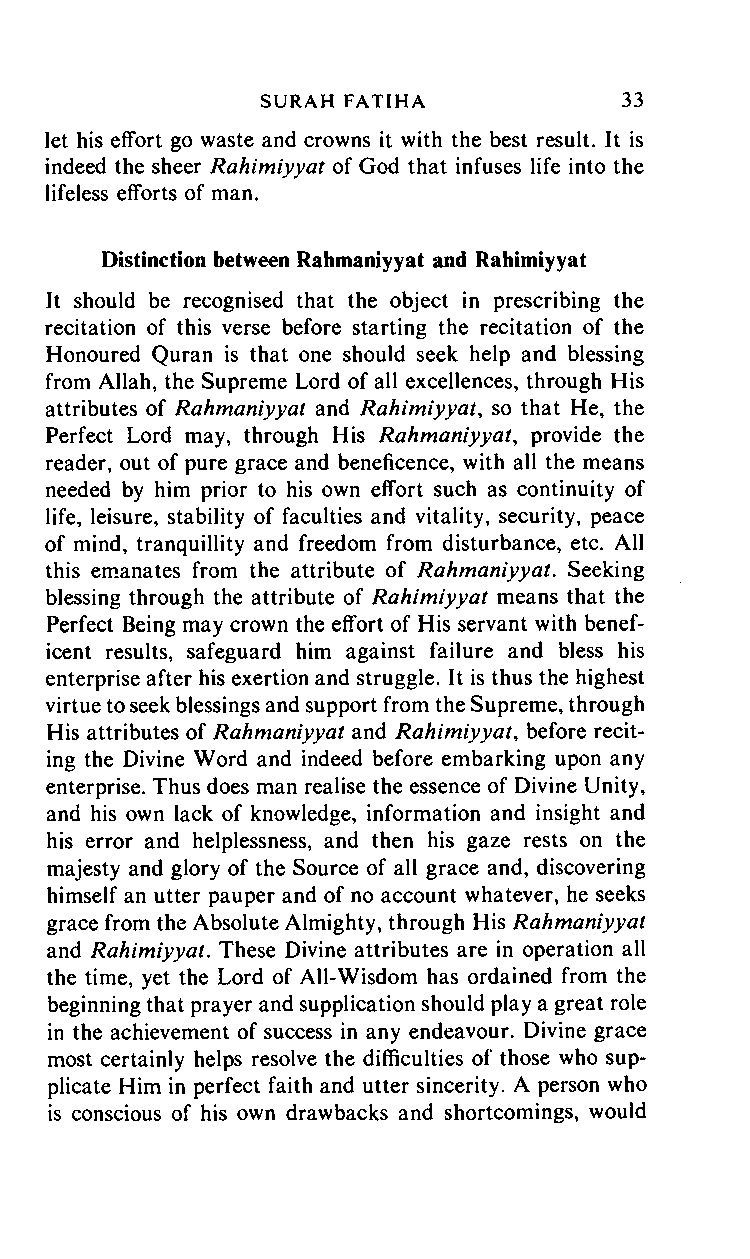
SURAH       FATIHA      33
 let his effort go waste and crowns it with the best result. It is
 indeed the sheer Rahimiyyat of God that infuses life into the
 lifeless efforts of man.
 Distinction between Rahmaniyyat and Rahimiyyat
 It should be recognised that the object in prescribing the
 recitation of this verse before starting the recitation of the
 Honoured Quran is that one should seek help and blessing
 from Allah, the Supreme Lord of all excellences, through His
 attributes of Rahmaniyyat and Rahimiyyat, so that He, the
 Perfect Lord may, through His Rahmaniyyat, provide the
 reader, out of pure grace and beneficence, with all the means
 needed by him prior to his own effort such as continuity of
 life, leisure, stability of faculties and vitality, security, peace
 of mind, tranquillity and freedom from disturbance, etc. All
 this emanates from the attribute of Rahmaniyyat. Seeking
 blessing through the attribute of Rahimiyyat means that the
 Perfect Being may crown the effort of His servant with benef
 icent results, safeguard him against failure and bless his
 enterprise after his exertion and struggle. It is thus the highest
 virtue to seek blessings and support from the Supreme, through
 His attributes of Rahmaniyyat and Rahimiyyat, before recit
 ing the Divine Word and indeed before embarking upon any
 enterprise. Thus does man realise the essence of Divine Unity,
 and his own lack of knowledge, information and insight and
 his error and helplessness, and then his gaze rests on the
 majesty and glory of the Source of all grace and, discovering
 himself an utter pauper and of no account whatever, he seeks
 grace from the Absolute Almighty, through His Rahmaniyyat
 and Rahimiyyat. These Divine attributes are in operation all
 the time, yet the Lord of All-Wisdom has ordained from the
 beginning that prayer and supplication should play a great role
 in the achievement of success in any endeavour. Divine grace
 most certainly helps resolve the difficulties of those who sup
 plicate Him in perfect faith and utter sincerity. A person who
 is conscious of his own drawbacks and shortcomings, would